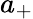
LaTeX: a_{+}